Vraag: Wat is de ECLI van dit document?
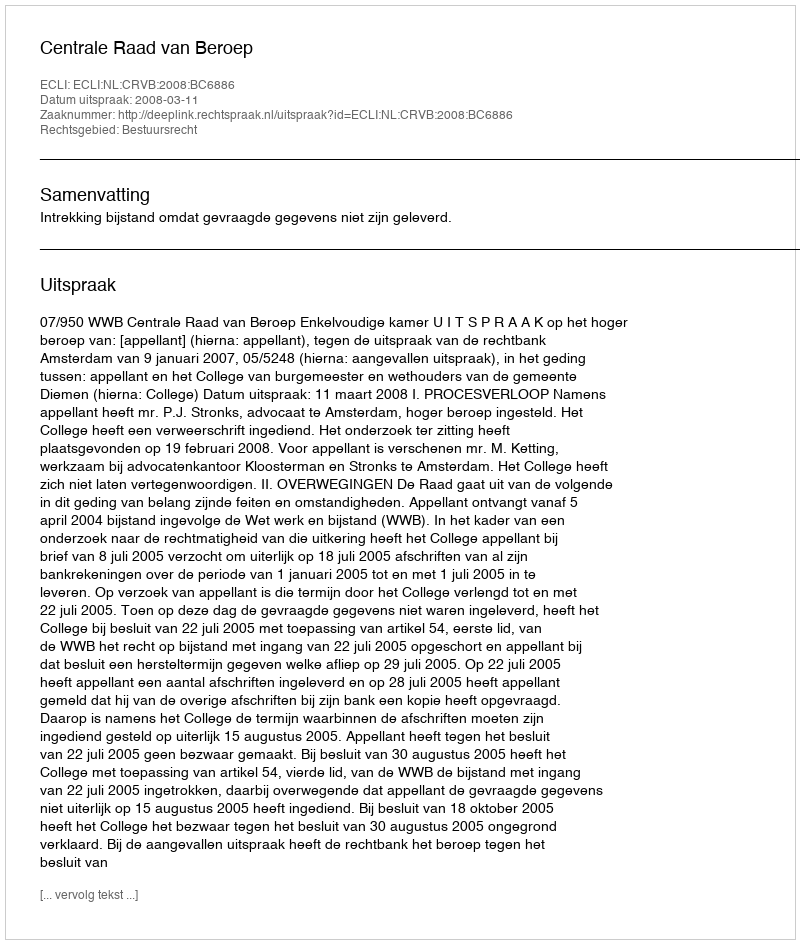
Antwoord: ECLI:NL:CRVB:2008:BC6886